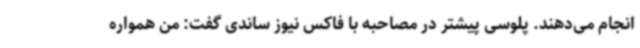
انجام می‌دهند. پلوسی پیشتر در مصاحبه با فاکس نیوز ساندی گفت: من همواره